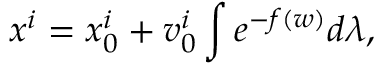
x ^ { i } = x _ { 0 } ^ { i } + v _ { 0 } ^ { i } \int e ^ { - f ( w ) } d \lambda ,